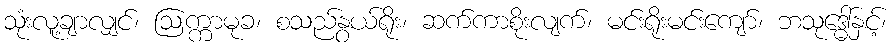
သုံးလူ့ချာလျှင်၊ ဩက္ကာမုခ၊ စသည်နွယ်ရိုး၊ ဆက်ကာစိုးလျက်၊ မင်းရိုးမင်းကျော်၊ ဘသုဒ္ဓေါ်နှင့်၊